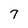
Character: 7